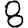
Digit: 8